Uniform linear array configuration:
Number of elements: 32
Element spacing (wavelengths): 1
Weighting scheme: uniform
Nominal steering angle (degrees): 60
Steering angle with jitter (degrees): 60.925
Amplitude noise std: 0.05
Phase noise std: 0.05

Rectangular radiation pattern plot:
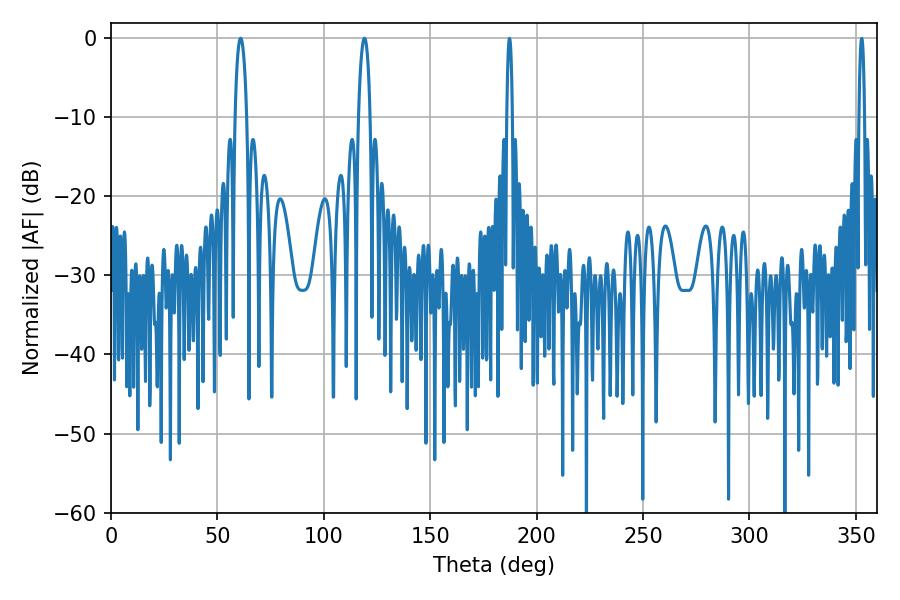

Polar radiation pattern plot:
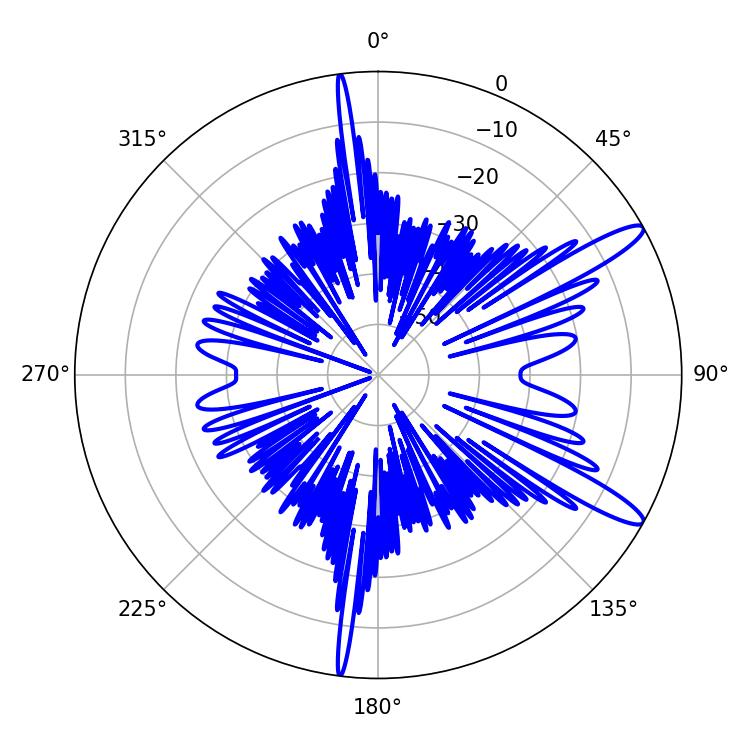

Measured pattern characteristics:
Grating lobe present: TRUE
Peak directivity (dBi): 12.887
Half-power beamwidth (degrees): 3.06
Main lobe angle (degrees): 60.84